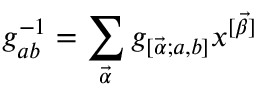
g _ { a b } ^ { - 1 } = \sum _ { \vec { \alpha } } g _ { [ \vec { \alpha } ; a , b ] } x ^ { [ \vec { \beta } ] }